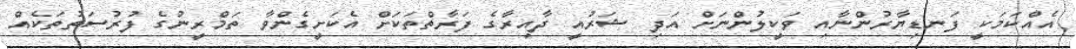
އެއްކަމަކީ ފަނޑިޔާރުންނާއި ވަކީލުންނަށް އަދި ޝަރުއީ ދާއިރާގެ ފަރާތްތަކަށް އެކަށީގެންވާ ތަމްރީނުގެ ފުރުސަތުތަކެއް